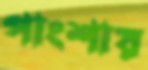
পাংশায়